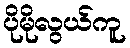
ပိုမိုလွယ်ကူ